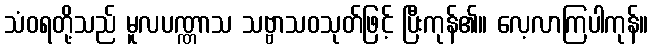
သံဝရတို့သည် မူလပဏ္ဏာသ သဗ္ဗာသဝသုတ်ဖြင့် ပြီးကုန်၏။ လေ့လာကြပါကုန်။